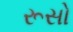
રૂસો